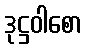
ဒုဋ္ဌဝါစော